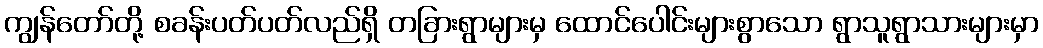
ကျွန်တော်တို့ စခန်းပတ်ပတ်လည်ရှိ တခြားရွာများမှ ထောင်ပေါင်းများစွာသော ရွာသူရွာသားများမှာ